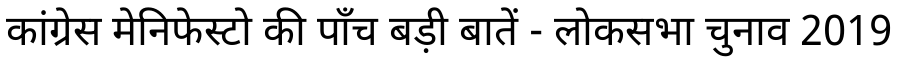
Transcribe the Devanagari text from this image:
कांग्रेस मेनिफेस्टो की पाँच बड़ी बातें - लोकसभा चुनाव 2019